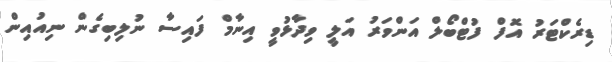
ޑިރެކްޓަރު އޮފް ފުޓްބޯލް އަންވަރު އަލީ ވިދާޅުވީ އިނާމް ފައިސާ ނުލިބިގެން ނިއުއިން